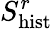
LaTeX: S_{\mathrm{hist}}^{r}